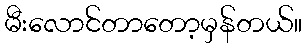
မီးလောင်တာတော့မှန်တယ်။